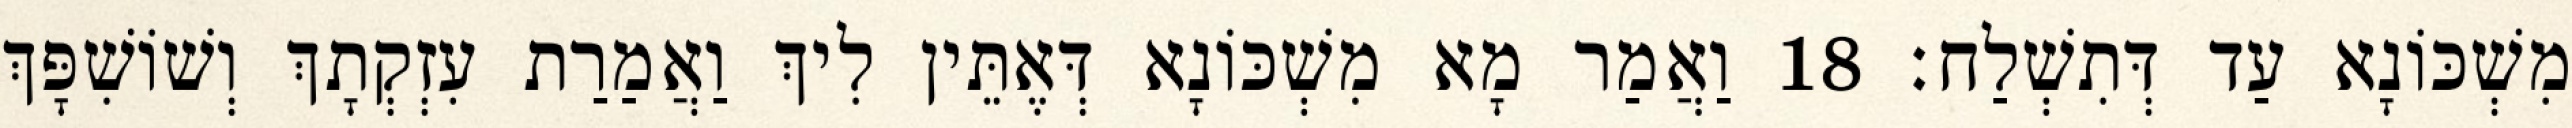
מִשְׁכּוֹנָא עַד דְּתִשְׁלַח׃ 18 וַאֲמַר מָא מִשְׁכּוֹנָא דְּאֶתֵּין לִיךְ וַאֲמַרַת עִזְקְתָךְ וְשׁוֹשִׁפָּךְ